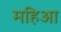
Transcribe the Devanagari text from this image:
महिआ